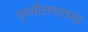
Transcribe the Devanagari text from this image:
पृथ्वीलगतच्या